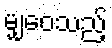
မျှဝေသည့်